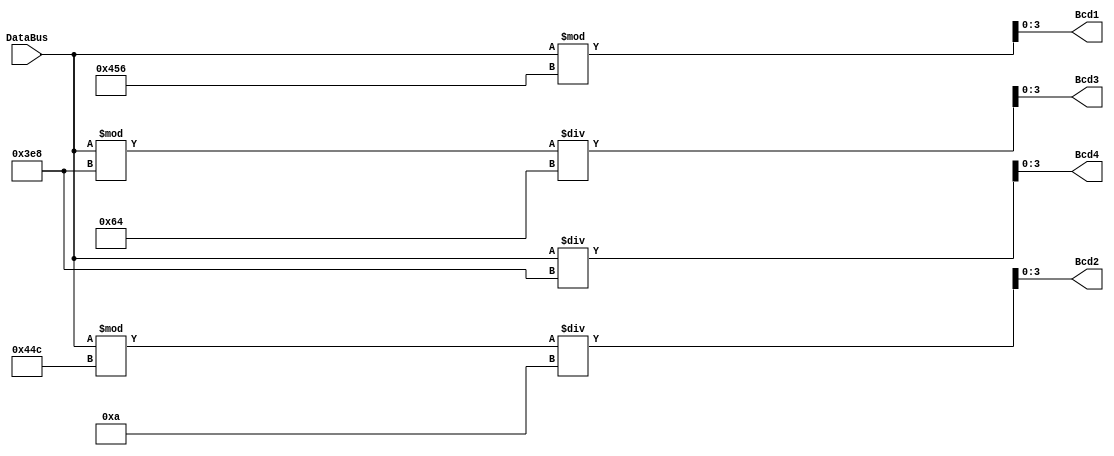
module bcd (DataBus,Bcd1,Bcd2,Bcd3,Bcd4);

input [13:0] DataBus;// entrada de la suma, resuñtado de 14bits

//salidas que van a cada bcd conversor 7 segmentos
output [3:0] Bcd1;//unidades
output [3:0] Bcd2;//decenas
output [3:0] Bcd3;//centenas
output [3:0] Bcd4;//unidades de mil

always @ ( * ) begin


Data=DataBus;
Bcd4=DataBus/1000;
Bcd3=(DataBus%1000)/100;
Bcd2=(DataBus%1100)/10;
Bcd1=(DataBus%1110);


end

endmodule